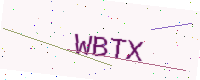
Text: WBTX